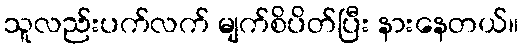
သူလည်းပက်လက် မျက်စိပိတ်ပြီး နားနေတယ်။